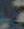
.